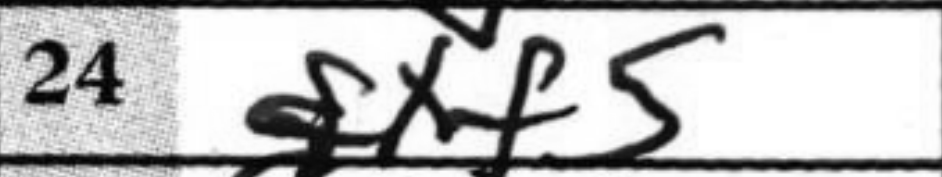
Transcription: gxf5